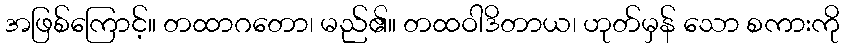
အဖြစ်ကြောင့်။ တထာဂတော၊ မည်၏။ တထဝါဒိတာယ၊ ဟုတ်မှန် သော စကားကို